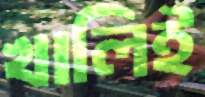
খালিই